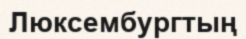
Люксембургтың